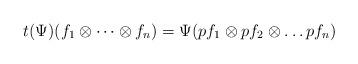
LaTeX: \begin{align*}t(\Psi)(f_1\otimes\dots\otimes f_n)=\Psi(pf_1\otimes pf_2\otimes \dots pf_n)\end{align*}